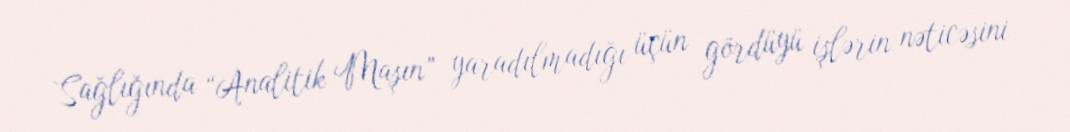
Sağlığında “Analitik Maşın” yaradılmadığı üçün gördüyü işlərin nəticəsini